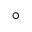
^ { \circ }